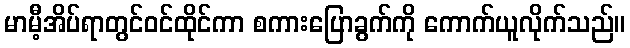
မာမီ့အိပ်ရာတွင်ဝင်ထိုင်ကာ စကားပြောခွက်ကို ကောက်ယူလိုက်သည်။